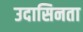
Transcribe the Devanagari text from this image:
उदासिनता